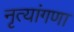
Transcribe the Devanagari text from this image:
नृत्यांगणा